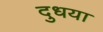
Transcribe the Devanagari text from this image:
दुधया